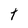
Character: t